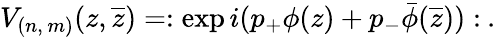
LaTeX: V_{(n,\, m)}(z,\overline{{{z}}})=:\exp i(p_{+}\phi(z)+p_{-}\bar{\phi}(\overline{{{z}}})):\: .